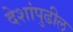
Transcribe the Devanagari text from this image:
देशांपुढील